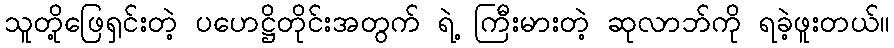
သူတို့ဖြေရှင်းတဲ့ ပဟေဋ္ဌိတိုင်းအတွက် ရဲ့ ကြီးမားတဲ့ ဆုလာဘ်ကို ရခဲ့ဖူးတယ်။